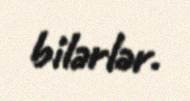
bilərlər.